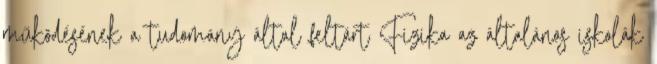
működésének a tudomány által feltárt Fizika az általános iskolák